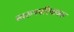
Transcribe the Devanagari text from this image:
स्वरूपपरिचायक